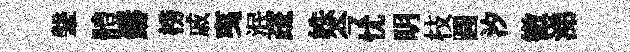
鞶體鑄榜戚𢎯泯疏姝今忧眀枝圓汐徹涕